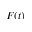
F ( t )